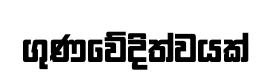
ගුණවේදිත්වයක්